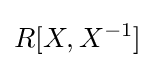
R[X,X^{-1}]